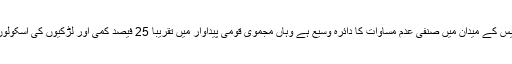
علاوہ ازیں بتایا گیا کہ جن ممالک میں تدریس کے میدان میں صنفی عدم مساوات کا دائرہ وسیع ہے وہاں مجموی قومی پیداوار میں تقریباً 25 فیصد کمی اور لڑکیوں کی اسکولوں میں شرح اندارج 0.75 سے بھی کم ہے۔